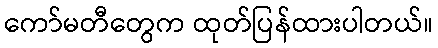
ကော်မတီတွေက ထုတ်ပြန်ထားပါတယ်။